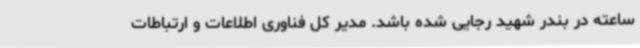
ساعته در بندر شهید رجایی شده باشد. مدیر کل فناوری اطلاعات و ارتباطات